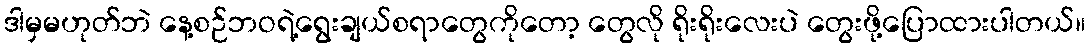
ဒါမှမဟုတ်ဘဲ နေ့စဉ်ဘဝရဲ့ရွေးချယ်စရာတွေကိုတော့ တွေလို ရိုးရိုးလေးပဲ တွေးဖို့ပြောထားပါတယ်။